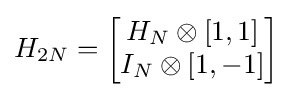
H_{2N}={\begin{bmatrix}H_{N}\otimes [1,1]\\I_{N}\otimes [1,-1]\end{bmatrix}}